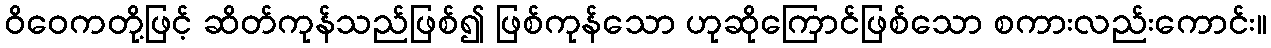
ဝိဝေကတို့ဖြင့် ဆိတ်ကုန်သည်ဖြစ်၍ ဖြစ်ကုန်သော ဟုဆိုကြောင်ဖြစ်သော စကားလည်းကောင်း။